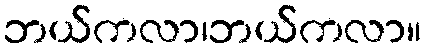
ဘယ်ကလာ၊ဘယ်ကလာ။